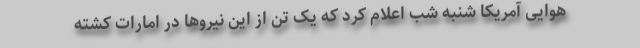
هوایی آمریکا شنبه شب اعلام کرد که یک تن از این نیروها در امارات کشته